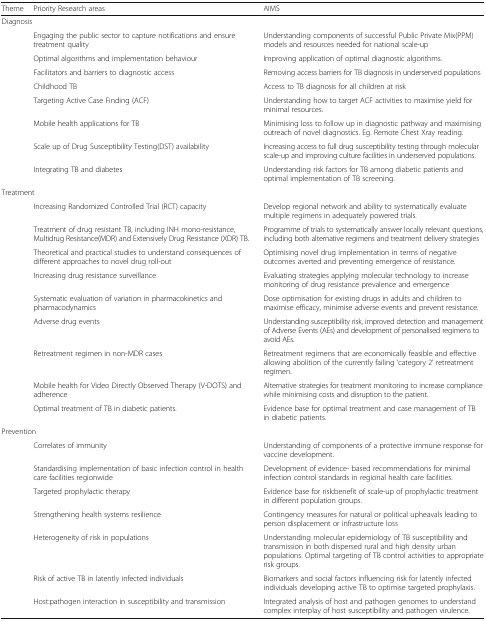
<table><thead><tr><td><b>Theme</b></td><td><b>Priority Research areas</b></td><td><b>AIMS</b></td></tr></thead><tbody><tr><td colspan="3">Diagnosis</td></tr><tr><td></td><td>Engaging the public sector to capture notifications and ensure treatment quality</td><td>Understanding components of successful Public Private Mix(PPM) models and resources needed for national scale-up</td></tr><tr><td></td><td>Optimal algorithms and implementation behaviour</td><td>Improving application of optimal diagnostic algorithms.</td></tr><tr><td></td><td>Facilitators and barriers to diagnostic access</td><td>Removing access barriers for TB diagnosis in underserved populations</td></tr><tr><td></td><td>Childhood TB</td><td>Access to TB diagnosis for all children at risk</td></tr><tr><td></td><td>Targeting Active Case Finding (ACF)</td><td>Understanding how to target ACF activities to maximise yield for minimal resources.</td></tr><tr><td></td><td>Mobile health applications for TB</td><td>Minimising loss to follow up in diagnostic pathway and maximising outreach of novel diagnostics. Eg. Remote Chest Xray reading.</td></tr><tr><td></td><td>Scale up of Drug Susceptibility Testing(DST) availability</td><td>Increasing access to full drug susceptibility testing through molecular scale-up and improving culture facilities in underserved populations.</td></tr><tr><td></td><td>Integrating TB and diabetes</td><td>Understanding risk factors for TB among diabetic patients and optimal implementation of TB screening.</td></tr><tr><td colspan="3">Treatment</td></tr><tr><td></td><td>Increasing Randomized Controlled Trial (RCT) capacity</td><td>Develop regional network and ability to systematically evaluate multiple regimens in adequately powered trials.</td></tr><tr><td></td><td>Treatment of drug resistant TB, including INH mono-resistance, Multidrug Resistance(MDR) and Extensively Drug Resistance (XDR) TB.</td><td>Programme of trials to systematically answer locally relevant questions, including both alternative regimens and treatment delivery strategies</td></tr><tr><td></td><td>Theoretical and practical studies to understand consequences of different approaches to novel drug roll-out</td><td>Optimising novel drug implementation in terms of negative outcomes averted and preventing emergence of resistance.</td></tr><tr><td></td><td>Increasing drug resistance surveillance</td><td>Evaluating strategies applying molecular technology to increase monitoring of drug resistance prevalence and emergence</td></tr><tr><td></td><td>Systematic evaluation of variation in pharmacokinetics and pharmacodynamics</td><td>Dose optimisation for existing drugs in adults and children to maximise efficacy, minimise adverse events and prevent resistance.</td></tr><tr><td></td><td>Adverse drug events</td><td>Understanding susceptibility risk, improved detection and management of Adverse Events (AEs) and development of personalised regimens to avoid AEs.</td></tr><tr><td></td><td>Retreatment regimen in non-MDR cases</td><td>Retreatment regimens that are economically feasible and effective allowing abolition of the currently failing ‘category 2’ retreatment regimen.</td></tr><tr><td></td><td>Mobile health for Video Directly Observed Therapy (V-DOTS) and adherence</td><td>Alternative strategies for treatment monitoring to increase compliance while minimising costs and disruption to the patient.</td></tr><tr><td></td><td>Optimal treatment of TB in diabetic patients.</td><td>Evidence base for optimal treatment and case management of TB in diabetic patients.</td></tr><tr><td colspan="3">Prevention</td></tr><tr><td></td><td>Correlates of immunity</td><td>Understanding of components of a protective immune response for vaccine development.</td></tr><tr><td></td><td>Standardising implementation of basic infection control in health care facilities regionwide</td><td>Development of evidence- based recommendations for minimal infection control standards in regional health care facilities.</td></tr><tr><td></td><td>Targeted prophylactic therapy</td><td>Evidence base for risk:benefit of scale-up of prophylactic treatment in different population groups.</td></tr><tr><td></td><td>Strengthening health systems resilience</td><td>Contingency measures for natural or political upheavals leading to person displacement or infrastructure loss</td></tr><tr><td></td><td>Heterogeneity of risk in populations</td><td>Understanding molecular epidemiology of TB susceptibility and transmission in both dispersed rural and high density urban populations. Optimal targeting of TB control activities to appropriate risk groups.</td></tr><tr><td></td><td>Risk of active TB in latently infected individuals</td><td>Biomarkers and social factors influencing risk for latently infected individuals developing active TB to optimise targeted prophylaxis.</td></tr><tr><td></td><td>Host:pathogen interaction in susceptibility and transmission</td><td>Integrated analysis of host and pathogen genomes to understand complex interplay of host susceptibility and pathogen virulence.</td></tr></tbody></table>